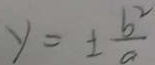
y = \pm \frac { b ^ { 2 } } { a }